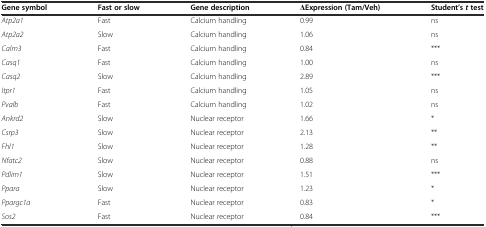
<table><thead><tr><td><b>Gene symbol</b></td><td><b>Fast or slow</b></td><td><b>Gene description</b></td><td><b>ΔExpression (Tam/Veh)</b></td><td><b>Student’s<i>t</i>test</b></td></tr></thead><tbody><tr><td><i>Atp2a1</i></td><td>Fast</td><td>Calcium handling</td><td>0.99</td><td>ns</td></tr><tr><td><i>Atp2a2</i></td><td>Slow</td><td>Calcium handling</td><td>1.06</td><td>ns</td></tr><tr><td><i>Calm3</i></td><td>Fast</td><td>Calcium handling</td><td>0.84</td><td>***</td></tr><tr><td><i>Casq1</i></td><td>Fast</td><td>Calcium handling</td><td>1.00</td><td>ns</td></tr><tr><td><i>Casq2</i></td><td>Slow</td><td>Calcium handling</td><td>2.89</td><td>***</td></tr><tr><td><i>Itpr1</i></td><td>Fast</td><td>Calcium handling</td><td>1.05</td><td>ns</td></tr><tr><td><i>Pvalb</i></td><td>Fast</td><td>Calcium handling</td><td>1.02</td><td>ns</td></tr><tr><td><i>Ankrd2</i></td><td>Slow</td><td>Nuclear receptor</td><td>1.66</td><td>*</td></tr><tr><td><i>Csrp3</i></td><td>Slow</td><td>Nuclear receptor</td><td>2.13</td><td>**</td></tr><tr><td><i>Fhl1</i></td><td>Slow</td><td>Nuclear receptor</td><td>1.28</td><td>**</td></tr><tr><td><i>Nfatc2</i></td><td>Slow</td><td>Nuclear receptor</td><td>0.88</td><td>ns</td></tr><tr><td><i>Pdlim1</i></td><td>Slow</td><td>Nuclear receptor</td><td>1.51</td><td>***</td></tr><tr><td><i>Ppara</i></td><td>Slow</td><td>Nuclear receptor</td><td>1.23</td><td>*</td></tr><tr><td><i>Ppargc1a</i></td><td>Fast</td><td>Nuclear receptor</td><td>0.83</td><td>*</td></tr><tr><td><i>Sos2</i></td><td>Fast</td><td>Nuclear receptor</td><td>0.84</td><td>***</td></tr></tbody></table>